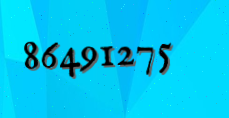
86491275